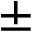
\pm